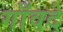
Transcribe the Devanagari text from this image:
गाँवदे